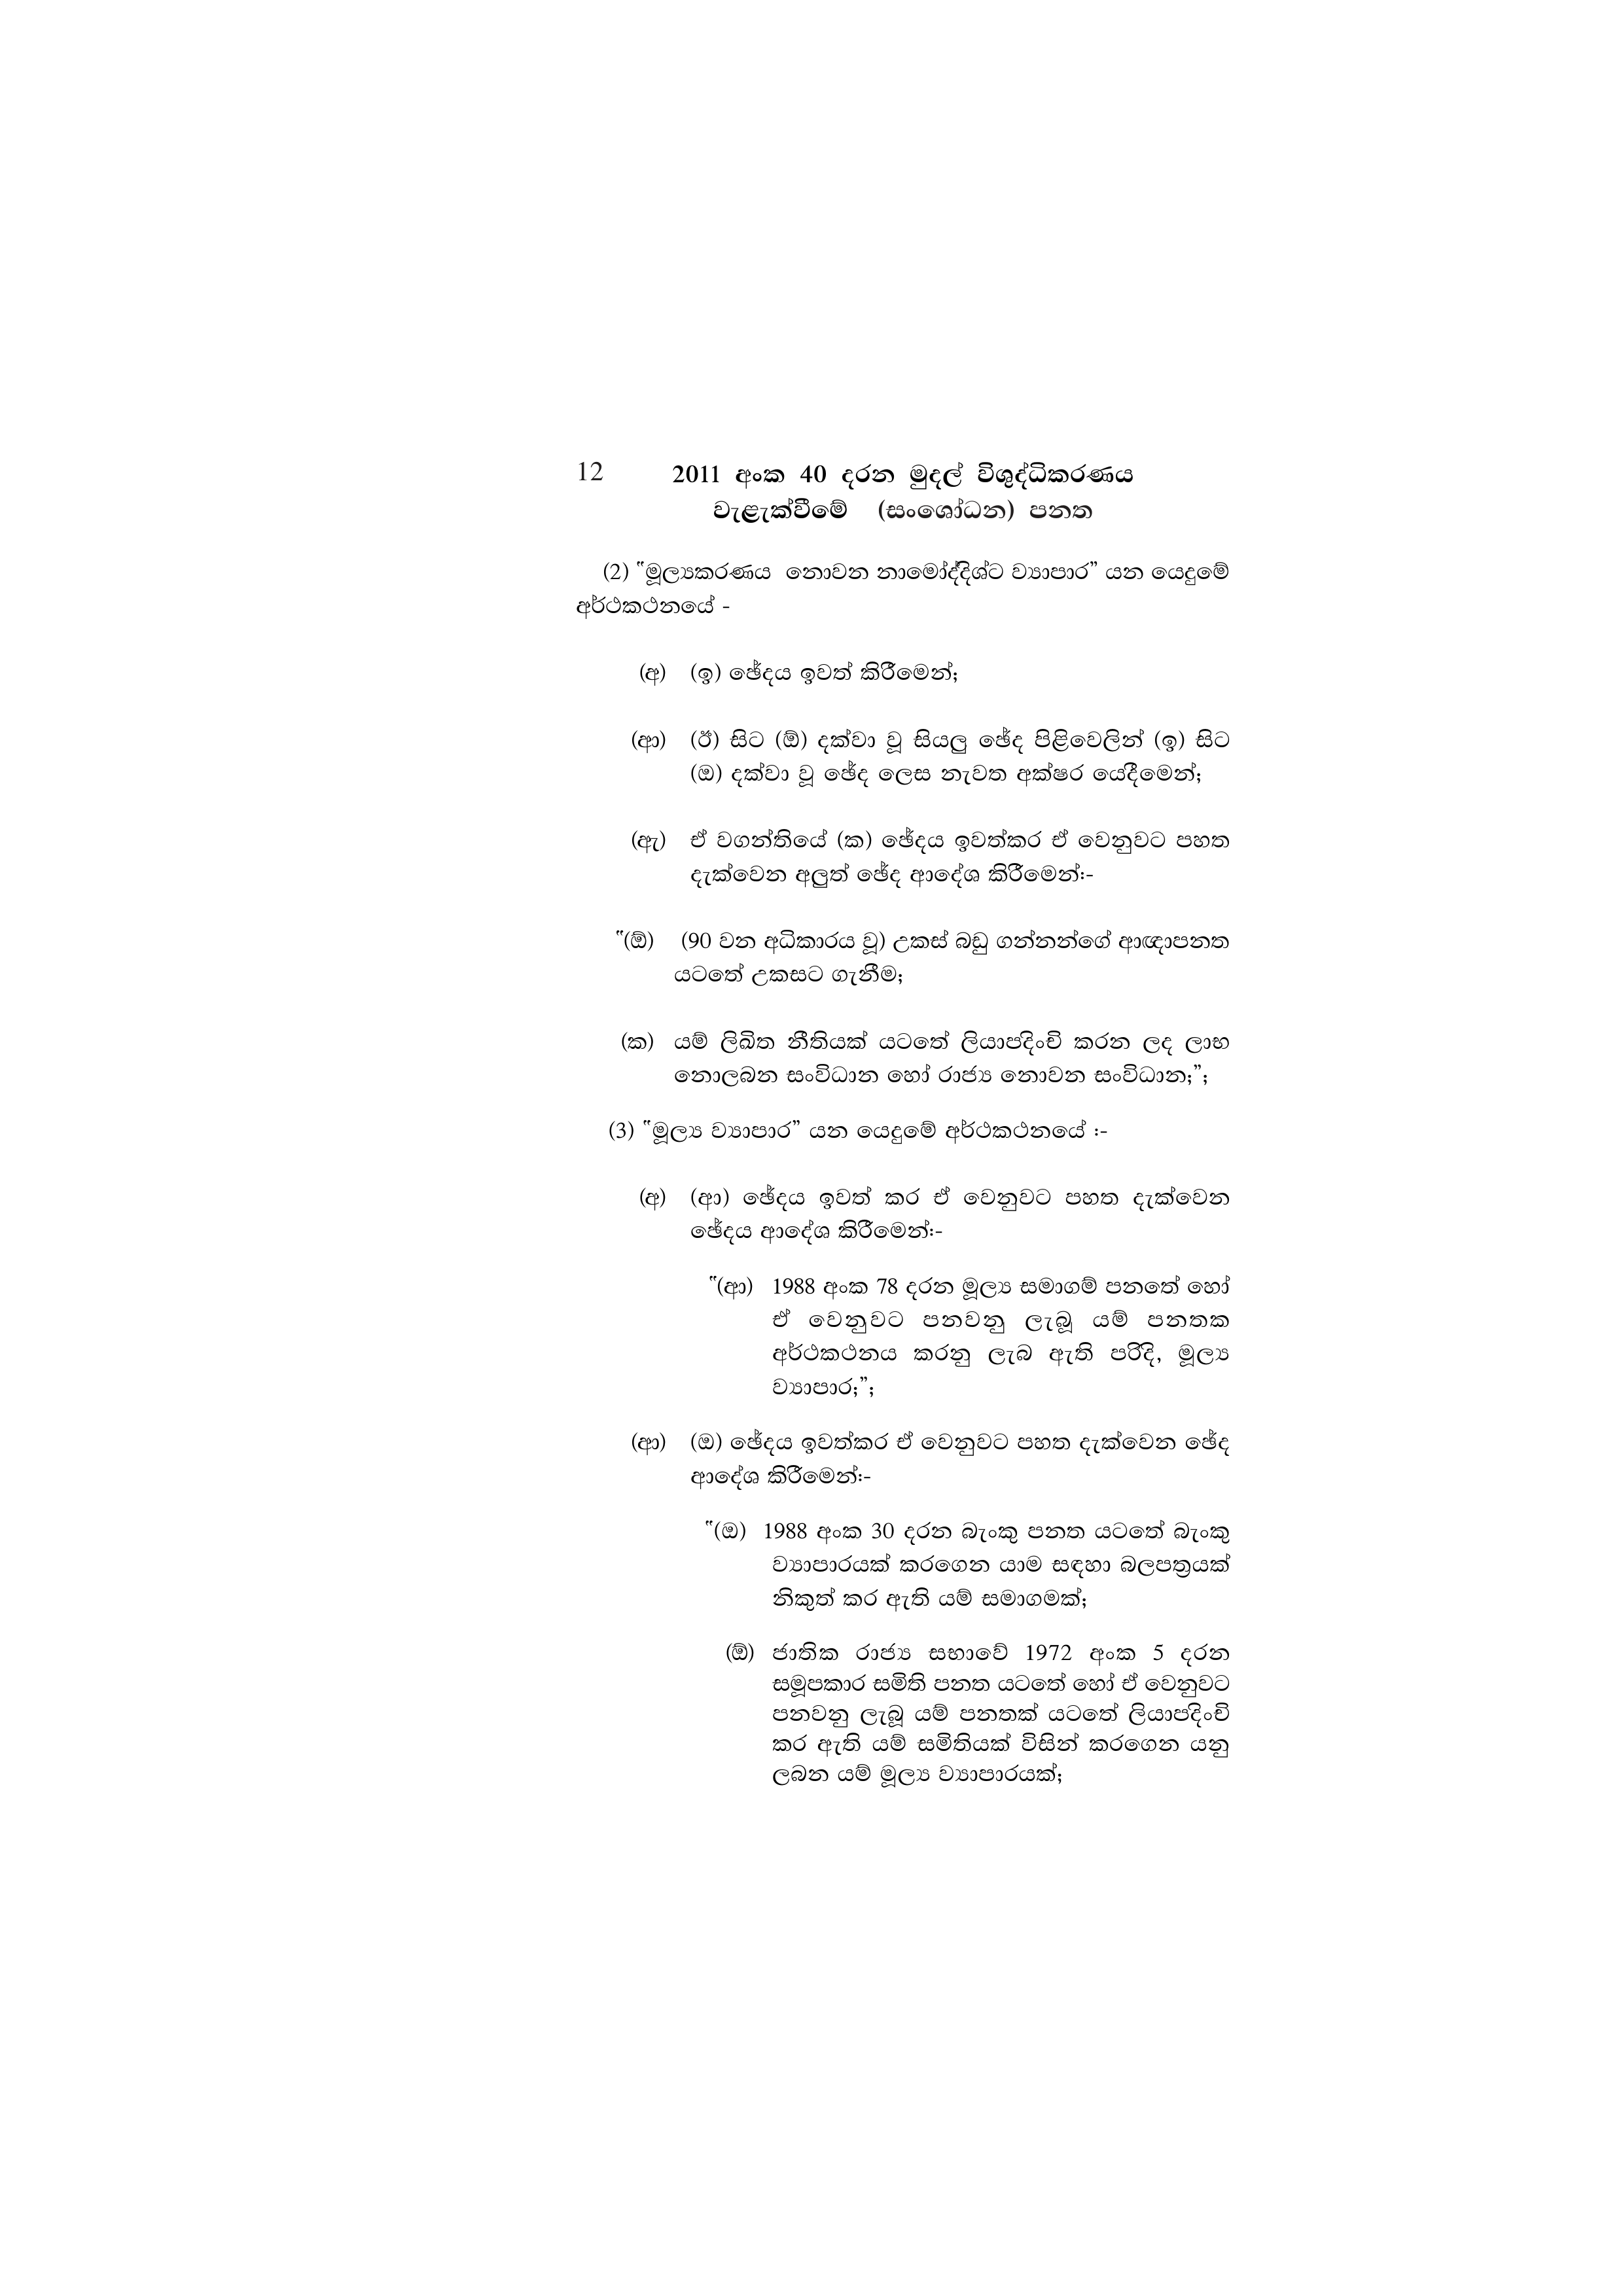
12 2011 අංක 40 දරන මුදල් විශුද්ධිකරණය
වැළැක්වීමේ (සංශෝධන) පනත

(2) ¨මූල්‍යකරණය නොවන නාමෝද්දිශ්ට ව්‍යාපාර” යන යෙදුමේ
අර්ථකථනයේ -

(අ) (ඉ) ඡේදය ඉවත් කිරීමෙන්;

(ආ) (ඊ) සිට (ඕ) දක්වා වූ සියලු ඡේද පිළිවෙලින් (ඉ) සිට
(ඔ) දක්වා වූ ඡේද ලෙස නැවත අක්ෂර යෙදීමෙන්;

(ඇ) ඒ වගන්තියේ (ක) ඡේදය ඉවත්කර ඒ වෙනුවට පහත
දැක්වෙන අලුත් ඡේද ආදේශ කිරීමෙන්:-

"(ඕ) (90 වන අධිකාරය වූ) උකස් බඩු ගන්නන්ගේ ආඥාපනත
යටතේ උකසට ගැනීම;

(ක) යම් ලිඛිත නීතියක් යටතේ ලියාපදිංචි කරන ලද ලාභ
නොලබන සංවිධාන හෝ රාජ්‍ය නොවන සංවිධාන;";

(3) "මූල්‍ය ව්‍යාපාර” යන යෙදුමේ අර්ථකථනයේ :-

(අ) (ආ) ඡේදය ඉවත් කර ඒ වෙනුවට පහත දැක්වෙන
ඡේදය ආදේශ කිරීමෙන්:-

"(ආ) 1988 අංක 78 දරන මූල්‍ය සමාගම් පනතේ හෝ
ඒ වෙනුවට පනවනු ලැබූ යම් පනතක
අර්ථකථනය කරනු ලැබ ඇති පරිදි, මූල්‍ය
ව්‍යාපාර;";

(ආ) (ඔ) ඡේදය ඉවත්කර ඒ වෙනුවට පහත දැක්වෙන ඡේද
ආදේශ කිරීමෙන්:-

"(ඔ) 1988 අංක 30 දරන බැංකු පනත යටතේ බැංකු
ව්‍යාපාරයක් කරගෙන යාම සඳහා බලපත්‍රයක්
නිකුත් කර ඇති යම් සමාගමක්;

(ඕ) ජාතික රාජ්‍ය සභාවේ 1972 අංක 5 දරන
සමූපකාර සමිති පනත යටතේ හෝ ඒ වෙනුවට
පනවනු ලැබූ යම් පනතක් යටතේ ලියාපදිංචි
කර ඇති යම් සමිතියක් විසින් කරගෙන යනු
ලබන යම් මූල්‍ය ව්‍යාපාරයක්;